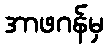
အာဖဂန်မှ